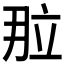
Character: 𬔙